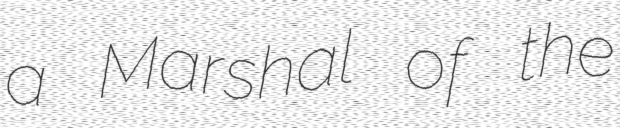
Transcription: a Marshal of the